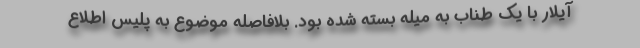
آیلار با یک طناب به میله بسته شده بود. بلافاصله موضوع به پلیس اطلاع